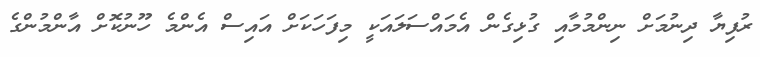
ރުފިޔާ ދިނުމަށް ނިންމުމާއި ގުޅިގެން އެމައްސަލައަކީ މިފަހަކަށް އައިސް އެންމެ ހޫނުކޮށް އާންމުންގެ